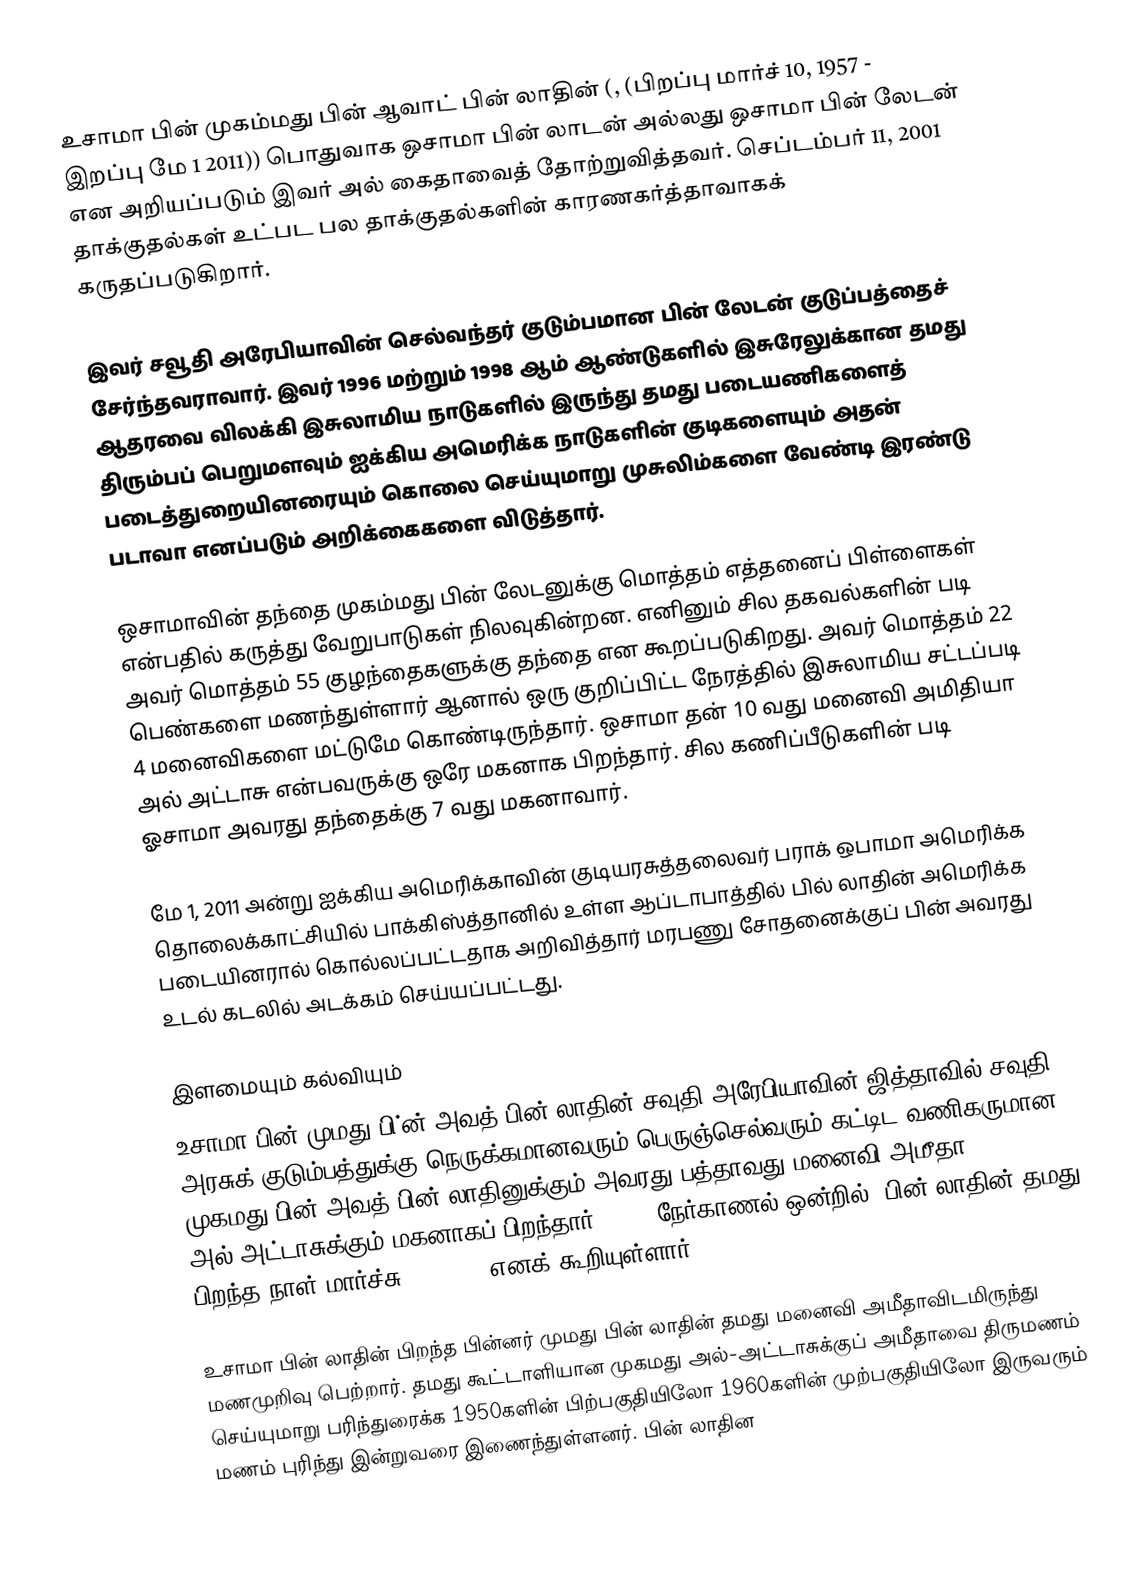
உசாமா பின் முகம்மது பின் ஆவாட் பின் லாதின் (, (பிறப்பு மார்ச் 10, 1957 - இறப்பு மே 1 2011)) பொதுவாக ஒசாமா பின் லாடன் அல்லது ஒசாமா பின் லேடன் என அறியப்படும் இவர்  அல் கைதாவைத் தோற்றுவித்தவர். செப்டம்பர் 11, 2001 தாக்குதல்கள் உட்பட பல தாக்குதல்களின் காரணகர்த்தாவாகக் கருதப்படுகிறார்.

இவர் சவூதி அரேபியாவின் செல்வந்தர் குடும்பமான பின் லேடன் குடுப்பத்தைச் சேர்ந்தவராவார். இவர் 1996 மற்றும் 1998 ஆம் ஆண்டுகளில் இசுரேலுக்கான தமது ஆதரவை விலக்கி இசுலாமிய நாடுகளில் இருந்து தமது படையணிகளைத் திரும்பப் பெறுமளவும் ஐக்கிய அமெரிக்க நாடுகளின் குடிகளையும் அதன் படைத்துறையினரையும் கொலை செய்யுமாறு முசுலிம்களை வேண்டி இரண்டு படாவா எனப்படும் அறிக்கைகளை விடுத்தார்.

ஒசாமாவின் தந்தை முகம்மது பின் லேடனுக்கு மொத்தம் எத்தனைப் பிள்ளைகள் என்பதில் கருத்து வேறுபாடுகள் நிலவுகின்றன. எனினும் சில தகவல்களின் படி அவர் மொத்தம் 55 குழந்தைகளுக்கு தந்தை என கூறப்படுகிறது. அவர் மொத்தம் 22 பெண்களை மணந்துள்ளார் ஆனால் ஒரு குறிப்பிட்ட நேரத்தில் இசுலாமிய சட்டப்படி 4 மனைவிகளை மட்டுமே கொண்டிருந்தார். ஒசாமா தன் 10 வது மனைவி அமிதியா அல் அட்டாசு என்பவருக்கு ஒரே மகனாக பிறந்தார். சில கணிப்பீடுகளின் படி ஓசாமா அவரது தந்தைக்கு 7 வது மகனாவார்.

மே 1, 2011 அன்று ஐக்கிய அமெரிக்காவின் குடியரசுத்தலைவர்  பராக் ஒபாமா அமெரிக்க தொலைக்காட்சியில்  பாக்கிஸ்த்தானில் உள்ள ஆப்டாபாத்தில் பில் லாதின் அமெரிக்க படையினரால் கொல்லப்பட்டதாக அறிவித்தார் மரபணு சோதனைக்குப் பின் அவரது உடல் கடலில் அடக்கம் செய்யப்பட்டது.

இளமையும் கல்வியும்
உசாமா பின் முமது பி்ன் அவத் பின் லாதின் சவுதி அரேபியாவின்  ஜித்தாவில் சவுதி அரசுக் குடும்பத்துக்கு நெருக்கமானவரும் பெருஞ்செல்வரும் கட்டிட வணிகருமான முகமது பின் அவத் பின் லாதினுக்கும் அவரது பத்தாவது மனைவி அமீதா அல்-அட்டாசுக்கும் மகனாகப் பிறந்தார். 1998 நேர்காணல் ஒன்றில், பின் லாதின் தமது பிறந்த நாள் மார்ச்சு 10, 1957 எனக் கூறியுள்ளார்.

உசாமா பின் லாதின் பிறந்த பின்னர் முமது பின் லாதின் தமது மனைவி அமீதாவிடமிருந்து மணமுறிவு பெற்றார். தமது கூட்டாளியான முகமது அல்-அட்டாசுக்குப் அமீதாவை திருமணம் செய்யுமாறு பரிந்துரைக்க  1950களின் பிற்பகுதியிலோ 1960களின் முற்பகுதியிலோ  இருவரும் மணம் புரிந்து இன்றுவரை இணைந்துள்ளனர். பின் லாதின